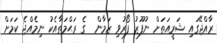
ރާއްޖޭގައި ޝަރީއަތަށް ނުފޫޒު ފޯރުވި ޒަމާން  ގެ ރަޙްމަތާއެކު ނިމެއްޖެ ކަމަށް